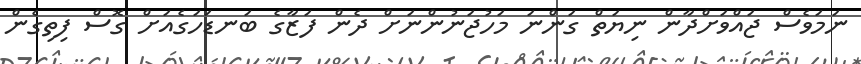
ނަމަވެސް ޖައްވަށްދާން ނިޔަތް ގަންނަ މަހުޖަނުންނަށް ދެން ފަޒާގެ ބަނޑަހަގެއަށް ގޮސް ފިތިގެން